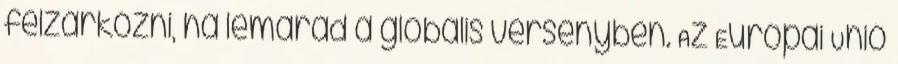
felzárkózni, ha lemarad a globális versenyben. Az Európai Unió